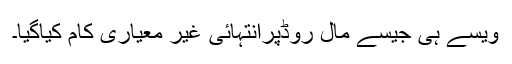
ویسے ہی جیسے مال روڈپرانتہائی غیر معیاری کام کیاگیا۔